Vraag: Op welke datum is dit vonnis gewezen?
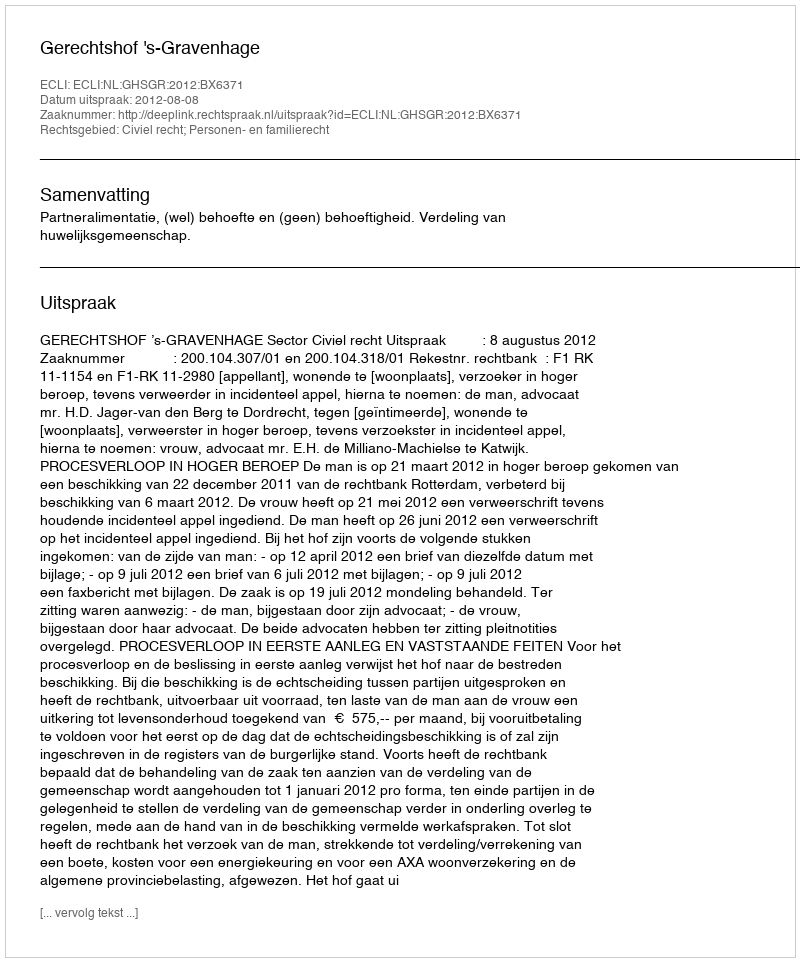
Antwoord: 2012-08-08